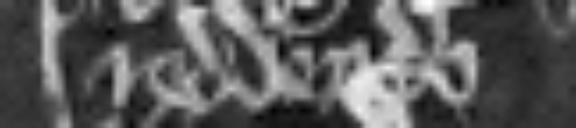
Andree de ea teneret tenementum suum